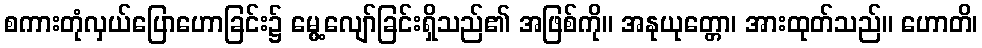
စကားတုံလှယ်ပြောဟောခြင်း၌ မွေ့လျော်ခြင်းရှိသည်၏ အဖြစ်ကို။ အနုယုတ္တော၊ အားထုတ်သည်။ ဟောတိ၊